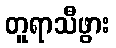
တူရာသီဖွား